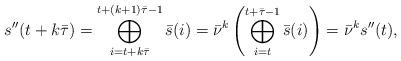
LaTeX: \begin{align*} s''(t+k\bar{\tau}) &= \bigoplus_{i = t + k\bar{\tau}}^{t + (k+1)\bar{\tau}-1} \bar{s}(i) = \bar{\nu}^{k} \left(\bigoplus_{i = t}^{t+\bar{\tau}-1} \bar{s}(i)\right) = \bar{\nu}^{k} s''(t),\end{align*}